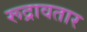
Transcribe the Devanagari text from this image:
रूद्रावतार